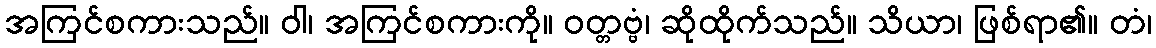
အကြင်စကားသည်။ ဝါ၊ အကြင်စကားကို။ ဝတ္တဗ္ဗံ၊ ဆိုထိုက်သည်။ သိယာ၊ ဖြစ်ရာ၏။ တံ၊